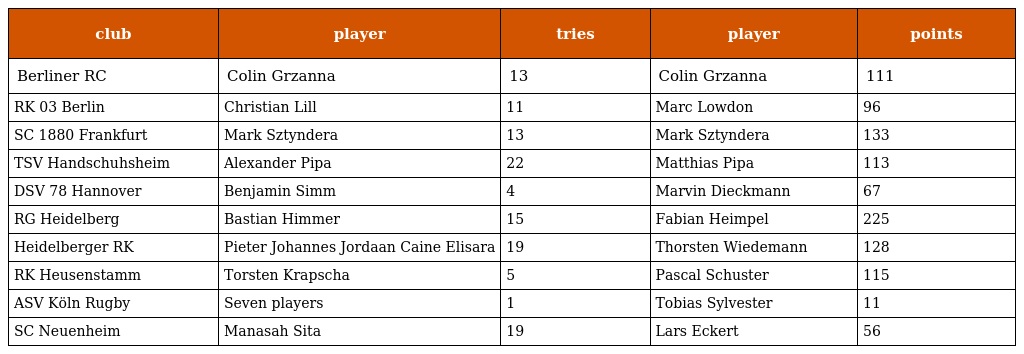
| club | player | tries | player | points |
 | --- | --- | --- | --- | --- |
 | Berliner RC | Colin Grzanna | 13 | Colin Grzanna | 111 |
 | RK 03 Berlin | Christian Lill | 11 | Marc Lowdon | 96 |
 | SC 1880 Frankfurt | Mark Sztyndera | 13 | Mark Sztyndera | 133 |
 | TSV Handschuhsheim | Alexander Pipa | 22 | Matthias Pipa | 113 |
 | DSV 78 Hannover | Benjamin Simm | 4 | Marvin Dieckmann | 67 |
 | RG Heidelberg | Bastian Himmer | 15 | Fabian Heimpel | 225 |
 | Heidelberger RK | Pieter Johannes Jordaan Caine Elisara | 19 | Thorsten Wiedemann | 128 |
 | RK Heusenstamm | Torsten Krapscha | 5 | Pascal Schuster | 115 |
 | ASV Köln Rugby | Seven players | 1 | Tobias Sylvester | 11 |
 | SC Neuenheim | Manasah Sita | 19 | Lars Eckert | 56 |